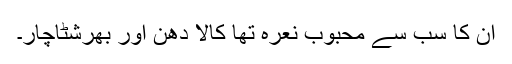
ان کا سب سے محبوب نعرہ تھا کالا دھن اور بھرشٹاچار۔